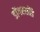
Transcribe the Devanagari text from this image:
डोंगरसोंडे